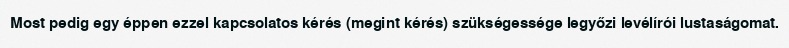
Most pedig egy éppen ezzel kapcsolatos kérés (megint kérés) szükségessége legyőzi levélírói lustaságomat.